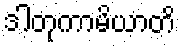
ဒါတုကာမိယာတိ